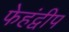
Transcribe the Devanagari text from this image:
फेहंद्वीप